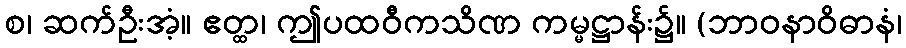
စ၊ ဆက်ဦးအံ့။ ဧတ္ထ၊ ဤပထဝီကသိဏ ကမ္မဋ္ဌာန်း၌။ (ဘာဝနာဝိဓာနံ၊